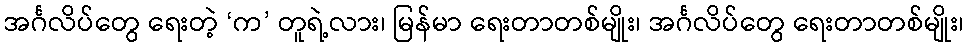
အင်္ဂလိပ်တွေ ရေးတဲ့ ‘က’ တူရဲ့လား၊ မြန်မာ ရေးတာတစ်မျိုး၊ အင်္ဂလိပ်တွေ ရေးတာတစ်မျိုး၊